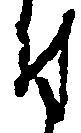
付